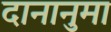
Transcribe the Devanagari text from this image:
दानानुमा